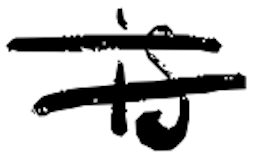
Text: is
Cross-out: double-line
Writing tool: digital_black